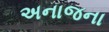
અનાજના